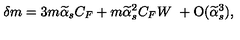
\delta m = 3 m \widetilde \alpha _ { s } C _ { F } + m \widetilde \alpha _ { s } ^ { 2 } C _ { F } W \ + \mathrm { O } ( \widetilde \alpha _ { s } ^ { 3 } ) ,